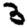
Digit: 3